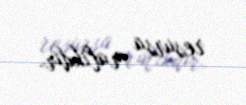
resursa malikdir.